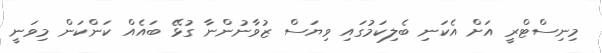
މިނިސްޓްރީ އަށް އެކަނި ބެލިކަމުގައި ވިޔަސް ޒުވާނުންނާ ގުޅޭ ބައެއް ކަންކަން މިވަނީ